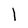
Character: l